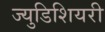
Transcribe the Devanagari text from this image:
ज्युडिशियरी